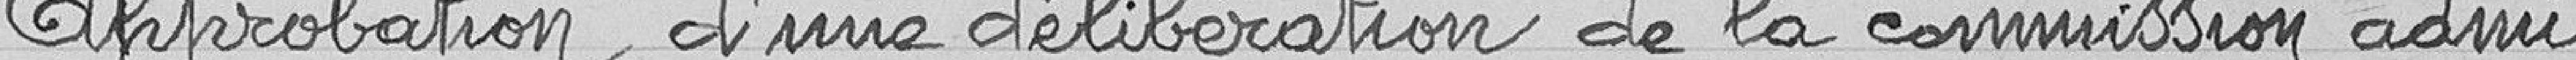
Approbation d'une délibération de la commission admi-